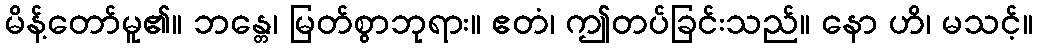
မိန့်တော်မူ၏။ ဘန္တေ၊ မြတ်စွာဘုရား။ ဧတံ၊ ဤတပ်ခြင်းသည်။ နော ဟိ၊ မသင့်။